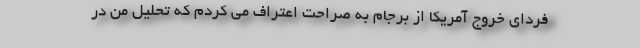
فردای خروج آمریکا از برجام به صراحت اعتراف می کردم که تحلیل من در